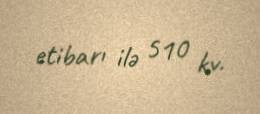
etibarı ilə 510 kv.